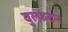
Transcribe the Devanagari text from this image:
वुल्फ़टन